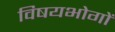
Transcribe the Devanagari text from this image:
विषयभोगों